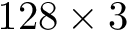
1 2 8 \times 3